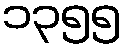
၁၃၅၅